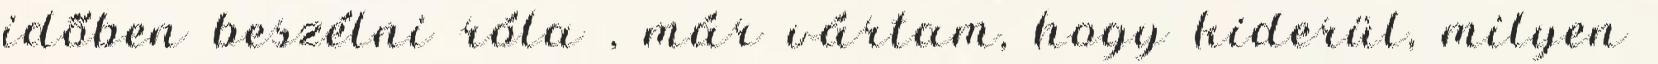
időben beszélni róla , már vártam, hogy kiderül, milyen